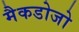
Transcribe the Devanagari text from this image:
मैकडोजो